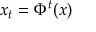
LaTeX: x _ { t } = \Phi ^ { t } ( x )